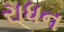
રાધન